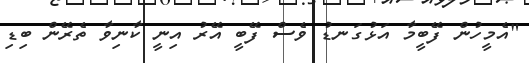
"އެމީހުން ފޭބީމާ އަޅުގަނޑު ވެސް ފޭބީ އޭރު އިނީ ކާނިވާ ތެރޭން ބިޑި